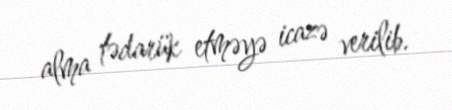
alma tədarük etməyə icazə verilib.